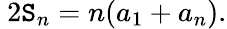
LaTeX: \ 2\mathtt{S}_{n}=n(a_{1}+a_{n}).